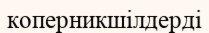
коперникшілдерді